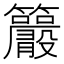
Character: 𥸂